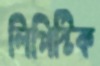
লিপিস্টিক